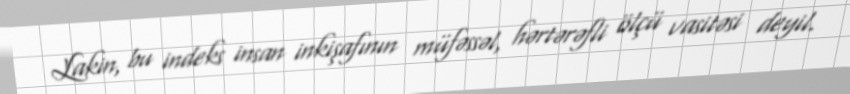
Lakin, bu indeks insan inkişafının müfəssəl, hərtərəfli ölçü vasitəsi deyil.